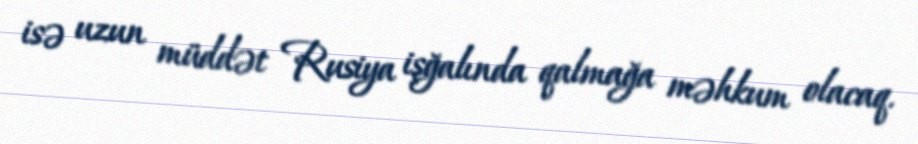
isə uzun müddət Rusiya işğalında qalmağa məhkum olacaq.